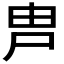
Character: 𡱋